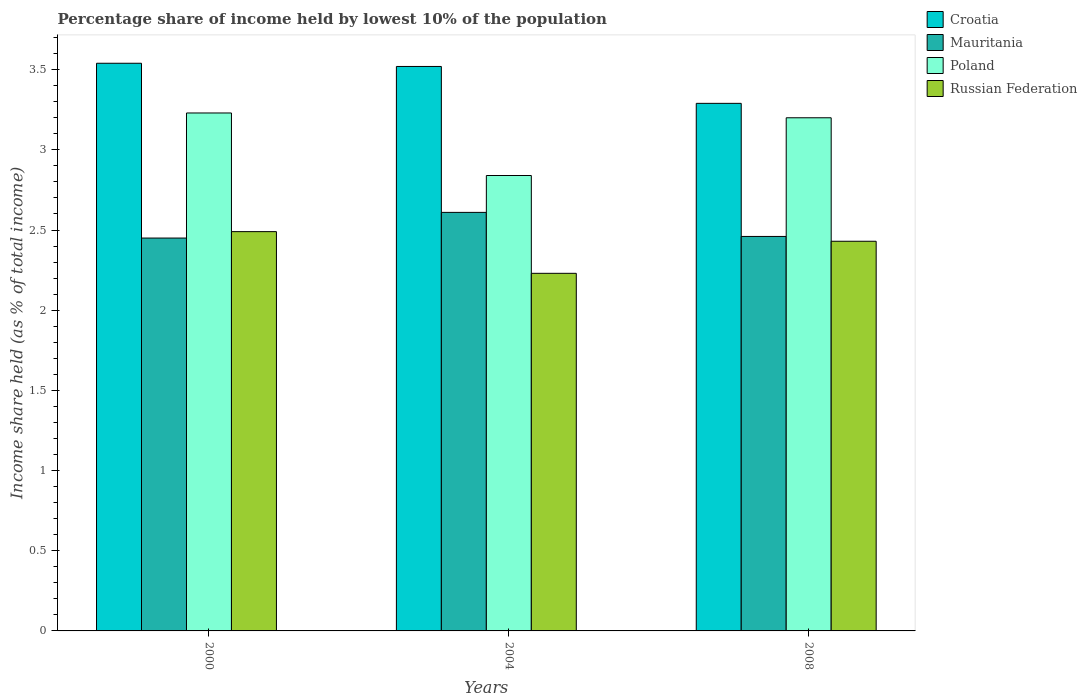
| Years | Croatia | Mauritania | Poland | Russian Federation |
 | --- | --- | --- | --- | --- |
 | 2000 | 3.54 | 2.45 | 3.23 | 2.49 |
 | 2004 | 3.52 | 2.61 | 2.84 | 2.23 |
 | 2008 | 3.29 | 2.46 | 3.2 | 2.43 |